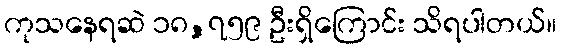
ကုသနေရဆဲ ၁၈,၇၅၉ ဦးရှိကြောင်း သိရပါတယ်။